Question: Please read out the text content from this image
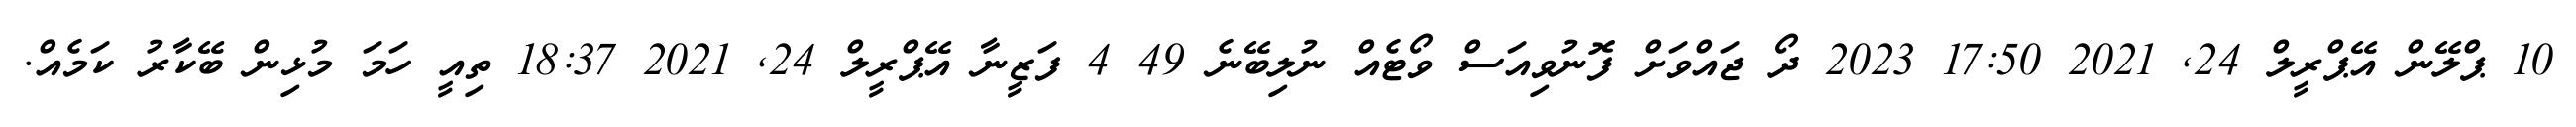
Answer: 10 ޕްލޭން އޭޕްރީލް 24, 2021 17:50 2023 ދޯ ޖައްވަށް ފޮނުވިއަސް ވޯޓެއް ނުލިބޭނެ 49 4 ފަޒީނާ އޭޕްރީލް 24, 2021 18:37 ތިއީ ހަމަ މުޅިން ބޭކާރު ކަމެއް.